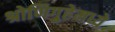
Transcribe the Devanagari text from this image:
श्रोणिगुहेमध्ये